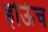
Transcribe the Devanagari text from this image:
होऊंच